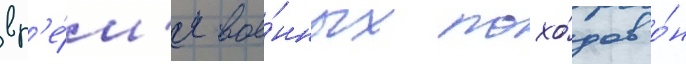
вр'е́м'я вое́нных похо́дов о́н